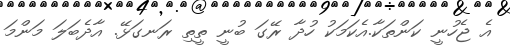
އެ ޖެހުނީ ކަންތަކާ.އެކަމަކު ހުދާ ރޭގަ ބުނީ ތީތި ރަނގަޅޭ. އާދެބަލަ މަންމަ